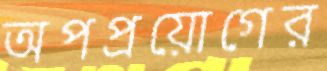
অপপ্রয়োগের